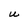
Character: u